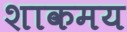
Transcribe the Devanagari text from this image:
शाकमय